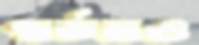
গর্ডনও